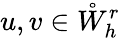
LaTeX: u,v\in\mathring{W}_{h}^{r}